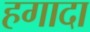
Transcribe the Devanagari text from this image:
हगादा